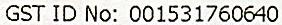
GST ID NO: 001531760640